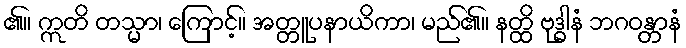
၏။ ဣတိ တသ္မာ၊ ကြောင့်။ အတ္တူပနာယိကာ၊ မည်၏။ နတ္ထိ ဗုဒ္ဓါနံ ဘဂဝန္တာနံ